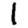
Digit: 1